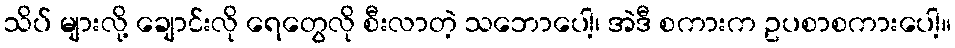
သိပ် များလို့ ချောင်းလို ရေတွေလို စီးလာတဲ့ သဘောပေါ့၊ အဲဒီ စကားက ဥပစာစကားပေါ့။